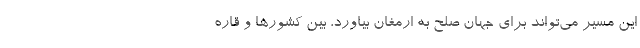
این مسیر می‌تواند برای جهان صلح به ارمغان بیاورد، بین کشورها و قاره